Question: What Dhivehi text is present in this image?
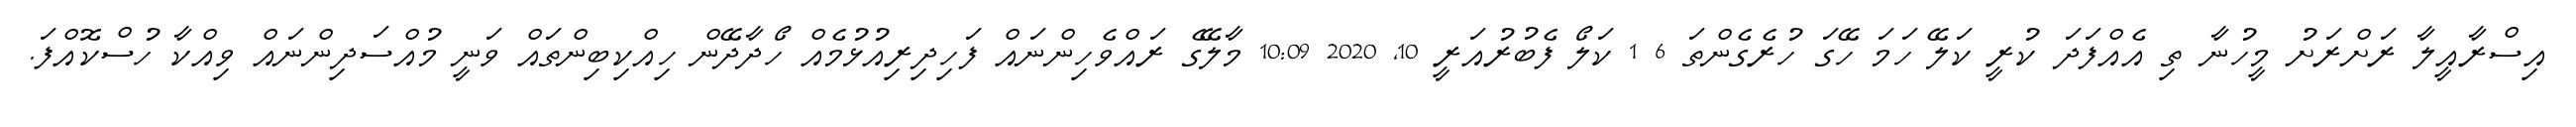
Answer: އިސްރާއީލާ ރަށްރަށު މީހުނާ ތި އެއްފަދަ ކުރީ ކަލޭ ހަމަ ހޭގަ ހުރެގެންތަ 6 1 ކަލޯ ފެބުރުއަރީ 10, 2020 10:09 މާލޭގެ ރައްވެހިންނައް ފަހިދިރިއުޅުމެއް ހޯދާދޭން ހިއްކިބިންތައް ވަނީ މުއްސަދިންނައް ވިއްކާ ހުސްކޮއްފަ.